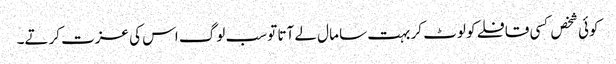
کوئی شخص کسی قافلے کو لوٹ کر بہت سا مال لے آتا تو سب لوگ اس کی عزت کرتے۔